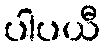
ပါပယီ